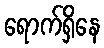
ရောက်ရှိနေ